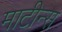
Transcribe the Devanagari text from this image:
माटीन्स